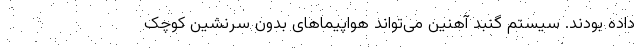
داده بودند. سیستم گنبد آهنین می‌تواند هواپیماهای بدون سرنشین کوچک